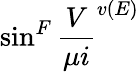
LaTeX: \sin^{F}\frac{V}{\mu i}^{v(E)}